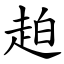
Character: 䞟